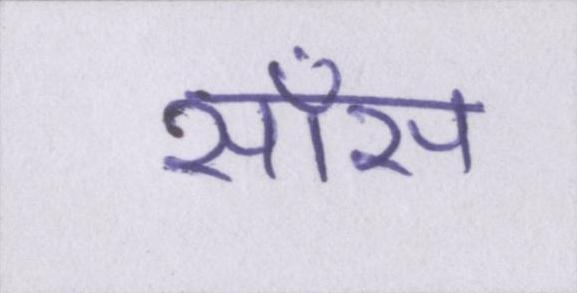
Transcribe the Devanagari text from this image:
साँस